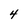
Character: 4